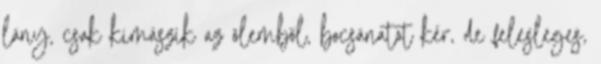
lány, csak kimászik az ölemből, bocsánatot kér, de felesleges,